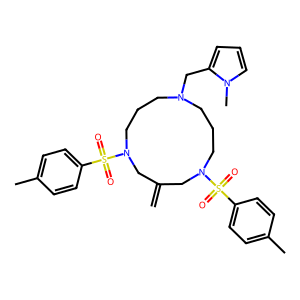
SMILES: C=C1CN(S(=O)(=O)c2ccc(C)cc2)CCCN(Cc2cccn2C)CCCN(S(=O)(=O)c2ccc(C)cc2)C1
Inhibits HIV replication: No